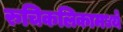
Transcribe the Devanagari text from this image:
रुचिकलिकामध्ये